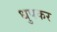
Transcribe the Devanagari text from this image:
धुपकर